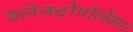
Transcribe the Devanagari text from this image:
इलेक्ट्रोपोलेशन